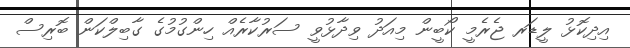
އިދިކޮޅު ލީޑަރ ޖެރެމީ ކޯބީން މިއަދު ވިދާޅުވީ ސަރުކާރެއް ހިންގުމުގެ ގާބިލްކަން ބޮރިސް